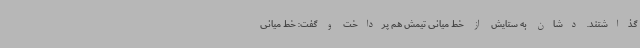
گذاشتند. دشان به ستایش از خط میانی تیمش هم پرداخت و گفت: خط میانی